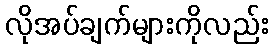
လိုအပ်ချက်များကိုလည်း